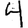
Digit: 4